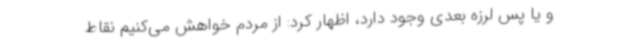
و یا پس لرزه بعدی وجود دارد، اظهار کرد: از مردم خواهش می‌کنیم نقاط